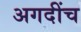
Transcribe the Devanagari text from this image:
अगदींच